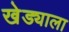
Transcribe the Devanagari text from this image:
खेड्याला